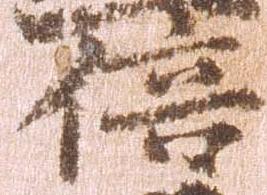
倍